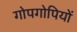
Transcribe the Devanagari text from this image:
गोपगोपियों